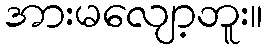
အားမလျော့ဘူး။